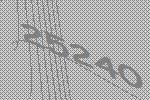
25240